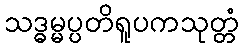
သဒ္ဓမ္မပ္ပတိရူပကသုတ္တံ